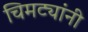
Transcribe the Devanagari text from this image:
चिमट्यांनी